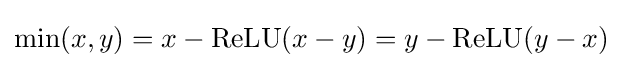
\min(x,y)=x-\operatorname {ReLU} (x-y)=y-\operatorname {ReLU} (y-x)